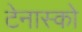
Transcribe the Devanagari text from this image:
टेनास्को